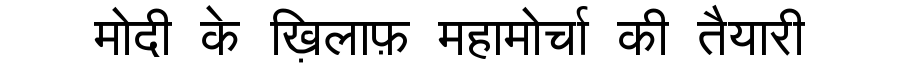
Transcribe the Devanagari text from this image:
मोदी के ख़िलाफ़ महामोर्चा की तैयारी